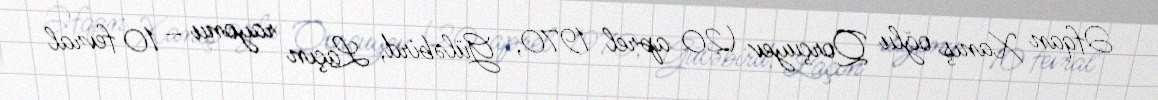
Əfqan Xanış oğlu Qorçuyev (20 aprel 1970, Güləbird, Laçın rayonu – 10 fevral